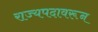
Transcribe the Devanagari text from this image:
राज्यपदावरून